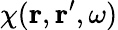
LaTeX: \chi({\mathbf r},{\mathbf r}^{\prime},\omega)